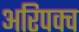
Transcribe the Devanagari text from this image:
अरिपक्व